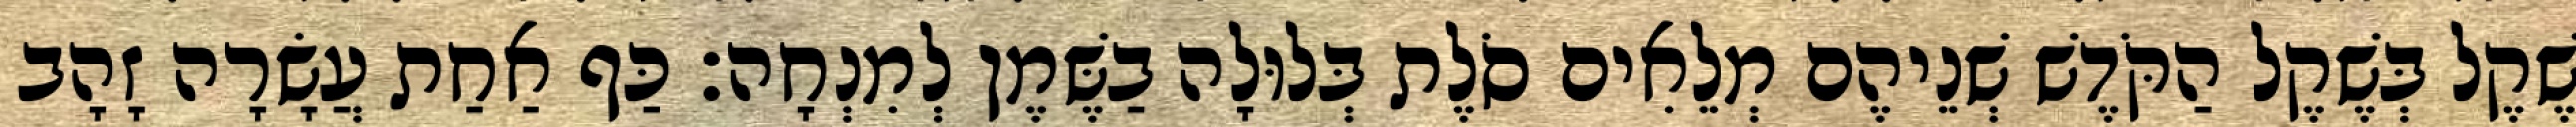
שֶׁקֶל בְּשֶׁקֶל הַקֹּדֶשׁ שְׁנֵיהֶם מְלֵאִים סֹלֶת בְּלוּלָה בַשֶּׁמֶן לְמִנְחָה׃ כַּף אַחַת עֲשָׂרָה זָהָב